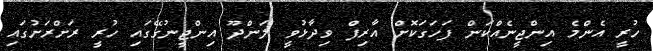
ހުރީ އެންމެ އިންޖީނެއްކަން ފަހަގަކޮށް އާރިފް ވިދާޅުވީ ލަންދޫ އިންޖީނުގޭގައި ހުރީ ރަށްރަށުގައި